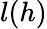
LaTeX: l(h)